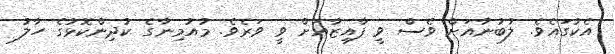
އެކުގައެވެ. ލުބުނާއަށް ވެސް ވީ ފާއިޒާއަށް ވީ ވަރެވެ. މުއުމިނާގެ ކުދިންކޮޅުގެ ހާލު